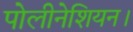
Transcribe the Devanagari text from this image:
पोलीनेशियन।